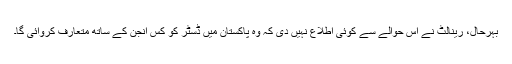
بہرحال، رینالٹ نے اس حوالے سے کوئی اطلاع نہیں دی کہ وہ پاکستان میں ڈسٹر کو کس انجن کے ساتھ متعارف کروائی گا۔